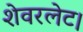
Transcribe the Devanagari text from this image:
शेवरलेट।